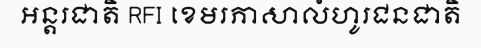
អន្តរជាតិ RFI ខេមរភាសាលំហូរជនជាតិ